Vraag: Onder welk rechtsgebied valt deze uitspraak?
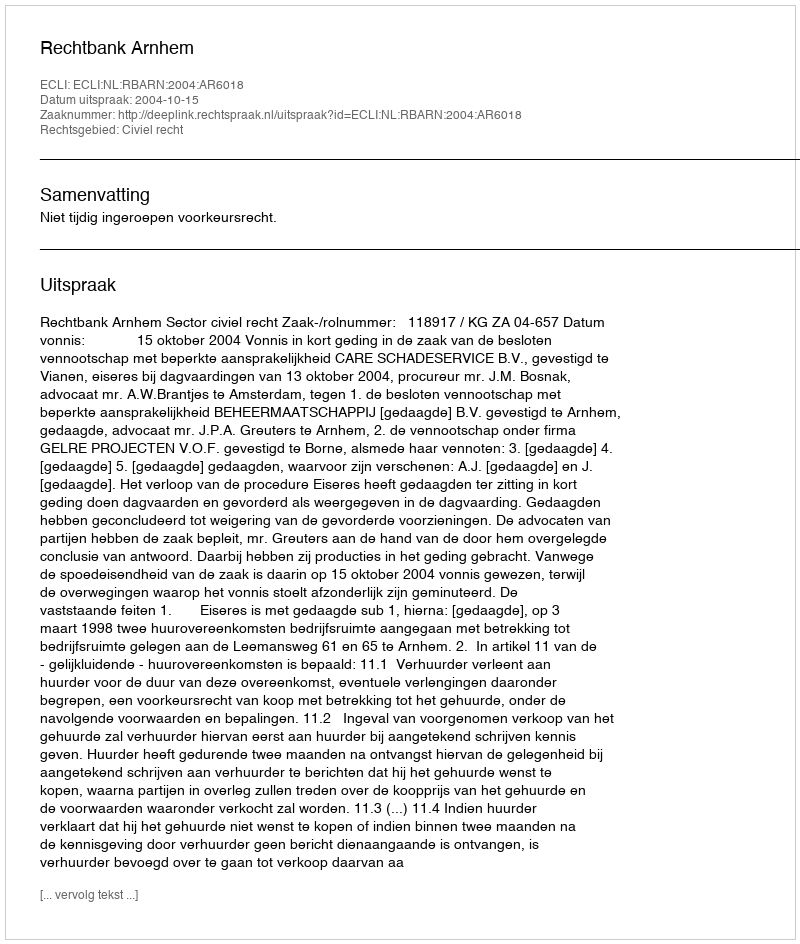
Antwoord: Civiel recht